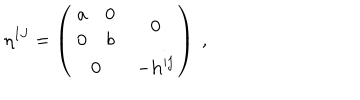
LaTeX: \eta ^ { I J } = \left( \begin{matrix} { { { \begin{matrix} { { a } } & { { 0 } } \\ { { 0 } } & { { b } } \\ \end{matrix} } } } & { { { { \bf 0 } } } } \\ { { { { \bf 0 } } } } & { { - { \bf h } ^ { i j } } } \\ \end{matrix} \right) \ ,